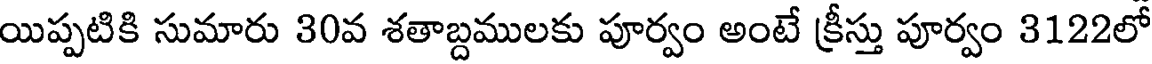
యిప్పటికి సుమారు 30వ శతాబ్దములకు పూర్వం అంటే క్రీస్తు పూర్వం 3122లో